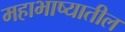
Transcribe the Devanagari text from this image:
महाभाष्यातील